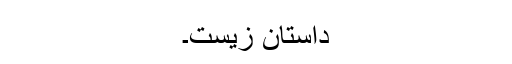
داستانِ زیست۔